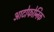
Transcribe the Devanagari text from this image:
आटोफोनिक